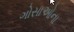
ગોસાઓના